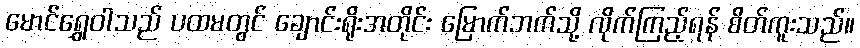
မောင်ရွှေဝါသည် ပထမတွင် ချောင်းရိုးအတိုင်း မြောက်ဘက်သို့ လိုက်ကြည့်ရန် စိတ်ကူးသည်။